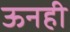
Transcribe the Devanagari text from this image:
ऊनही